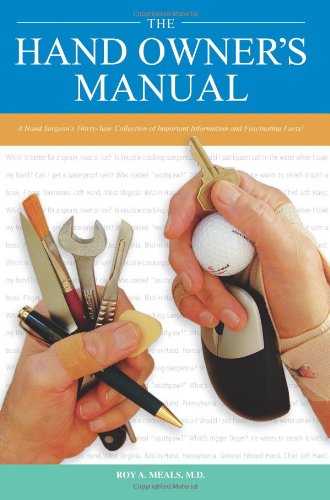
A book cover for The Hand Owner's Manual: A Hand Surgeon's Thirty-Year Collection of Important Information and Fascinating Facts; Roy A. Meals; Medical Books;